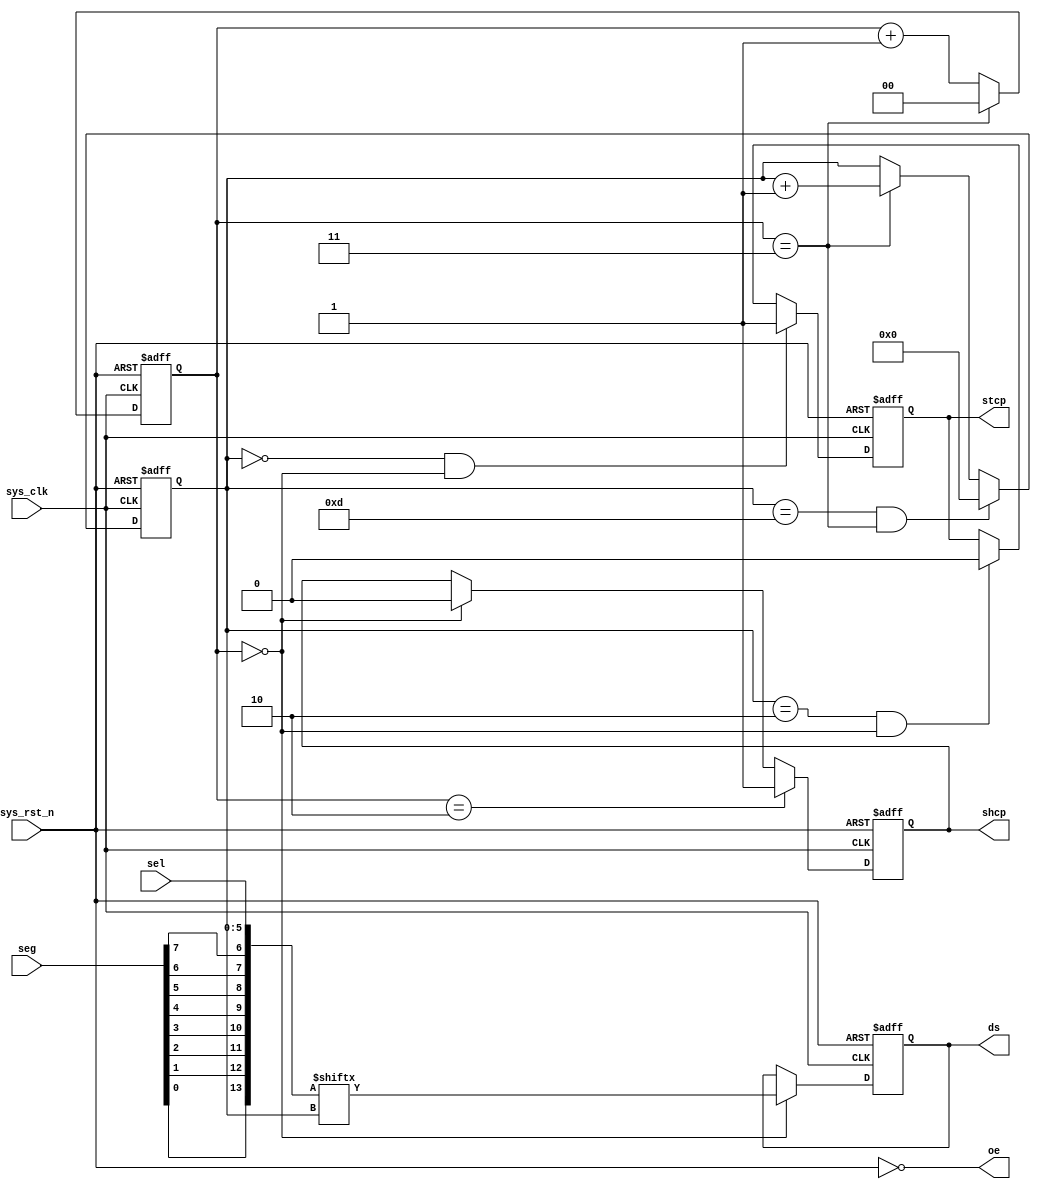
module hc595_ctrl
(
    input   wire            sys_clk     ,
    input   wire            sys_rst_n   ,
    input   wire    [5:0]   sel         ,
    input   wire    [7:0]   seg         ,

    output  reg             shcp        ,
    output  reg             stcp        ,
    output  reg             ds          ,
    output  wire            oe          

);

wire    [13:0]      data        ;
reg     [1:0]       freq_cnt    ;
reg     [3:0]       cnt_bit     ;

assign data = {seg[0],seg[1],seg[2],seg[3],seg[4],seg[5],seg[6],seg[7],sel};
assign oe   = ~sys_rst_n;

always@(posedge sys_clk or negedge sys_rst_n)
    if(sys_rst_n == 1'b0)
        freq_cnt <= 2'd0;
    else if(freq_cnt == 2'd3)
        freq_cnt <= 2'd0;
    else
        freq_cnt <= freq_cnt + 2'b1;

always@(posedge sys_clk or negedge sys_rst_n)
    if(sys_rst_n == 1'b0)
        cnt_bit <= 4'b0;
    else if(cnt_bit == 4'd13 && freq_cnt == 2'd3)
        cnt_bit <= 4'b0;
    else if(freq_cnt == 2'd3)
        cnt_bit <= cnt_bit + 1'b1;
    else
        cnt_bit <= cnt_bit;

always@(posedge sys_clk or negedge sys_rst_n)
    if(sys_rst_n == 1'b0) 
        ds <= 1'b0;
    else if(freq_cnt == 2'd0)
        ds <= data[cnt_bit];
    else
        ds <= ds;

always@(posedge sys_clk or negedge sys_rst_n)
    if(sys_rst_n == 1'b0) 
        shcp <= 1'b0;
    else if(freq_cnt == 2'd2)
        shcp <= 1'b1;
    else if(freq_cnt == 2'd0)
        shcp <= 1'b0;
    else
        shcp <= shcp;

/* always@(posedge sys_clk or negedge sys_rst_n)
    if(sys_rst_n == 1'b0) 
        shcp <= 1'b0;
    else if(freq_cnt >= 2'd2)
        shcp <= 1'b1;
    else
        shcp <= 1'b0;
 */
always@(posedge sys_clk or negedge sys_rst_n)
    if(sys_rst_n == 1'b0) 
        stcp <= 1'b0;
    else if(cnt_bit == 4'd0 && freq_cnt == 2'd0)
        stcp <= 1'b1;
    else if(cnt_bit == 4'd2 && freq_cnt == 2'd0)
        stcp <= 1'b0;
    else
        stcp <= stcp;
 
/* always@(posedge sys_clk or negedge sys_rst_n)
    if(sys_rst_n == 1'b0) 
        stcp <= 1'b0;
    else if(cnt_bit == 4'd13 && freq_cnt == 2'd3)
        stcp <= 1'b1;
    else if(cnt_bit == 4'd0 && freq_cnt == 2'd0)
        stcp <= 1'b0;
    else
        stcp <= stcp; */
 
 
 
endmodule